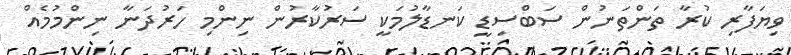
ވިޔަފާރި ކުރާ ތަންތަނުން ސަބްސިޑީ ކަނޑާލުމަކީ ސަރުކާރުން ނިންމި ހަރުދަނާ ނިންމުމެއް